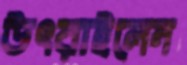
উৎরাইলেন